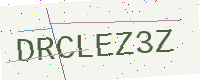
Text: DRCLEZ3Z